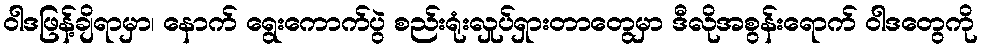
ဝါဒဖြန့်ချိရာမှာ၊ နောက် ရွေးကောက်ပွဲ စည်းရုံးလှုပ်ရှားတာတွေမှာ ဒီလိုအစွန်းရောက် ဝါဒတွေကို